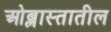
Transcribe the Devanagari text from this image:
ओब्लास्तातील